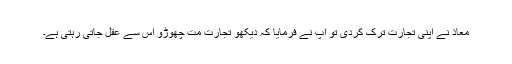
معاذ نے اپنی تجارت ترک کردی تو آپ نے فرمایا کہ دیکھو تجارت مت چھوڑو اس سے عقل جاتی رہتی ہے۔